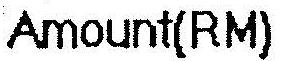
AMOUNT(RM)